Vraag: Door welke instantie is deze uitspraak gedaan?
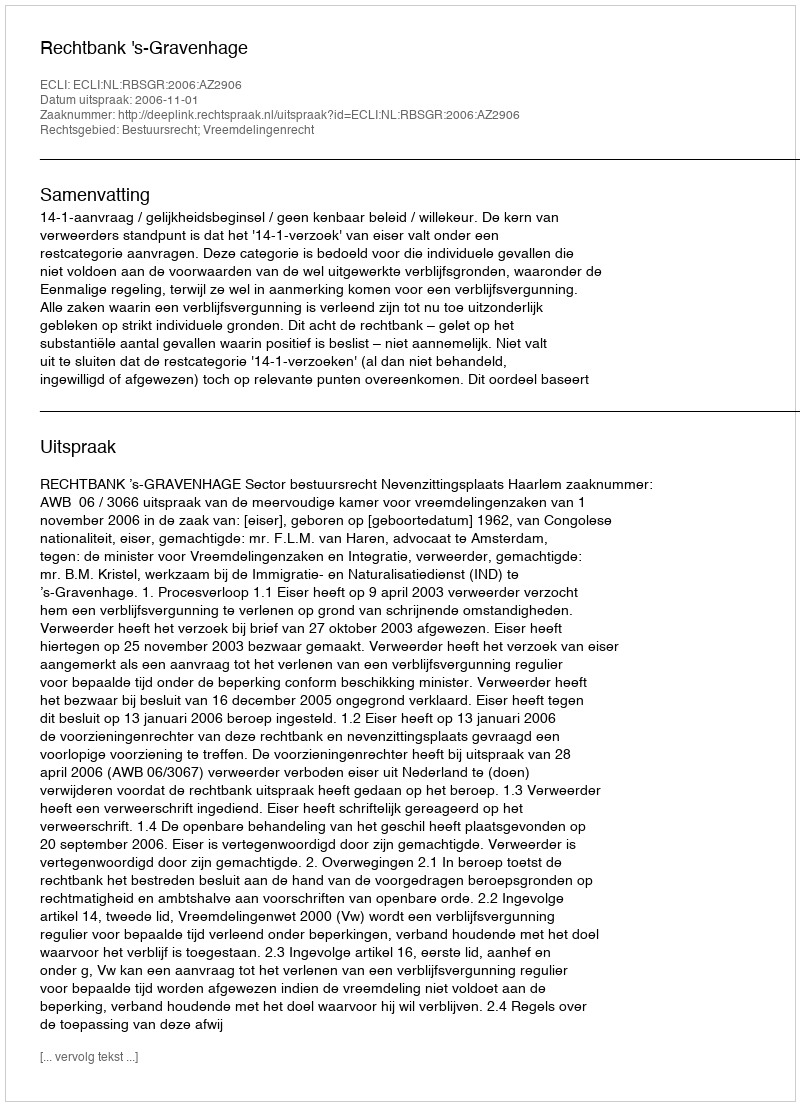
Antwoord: Rechtbank 's-Gravenhage